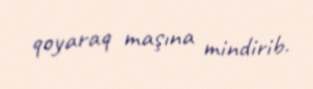
qoyaraq maşına mindirib.